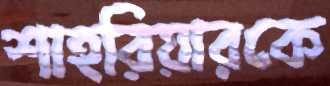
শাহরিয়ারকে